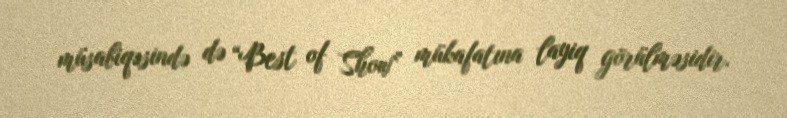
müsabiqəsində də “Best of Show” mükafatına layiq görülməsidir.